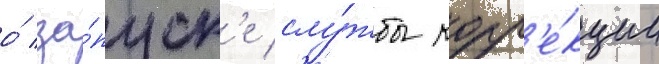
о́ за́пуск'е слу́жбы корр'е́кции